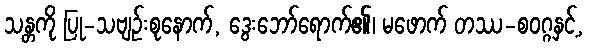
သန္တကို ပြု-သဗျဉ်းစုနောက်, ဒွေးဘော်ရောက်၏၊ မဖောက် တဿ-စဝဂ္ဂနှင့်,